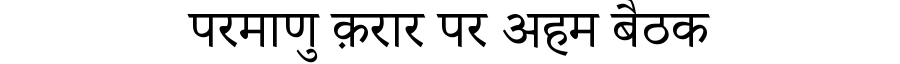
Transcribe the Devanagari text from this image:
परमाणु क़रार पर अहम बैठक